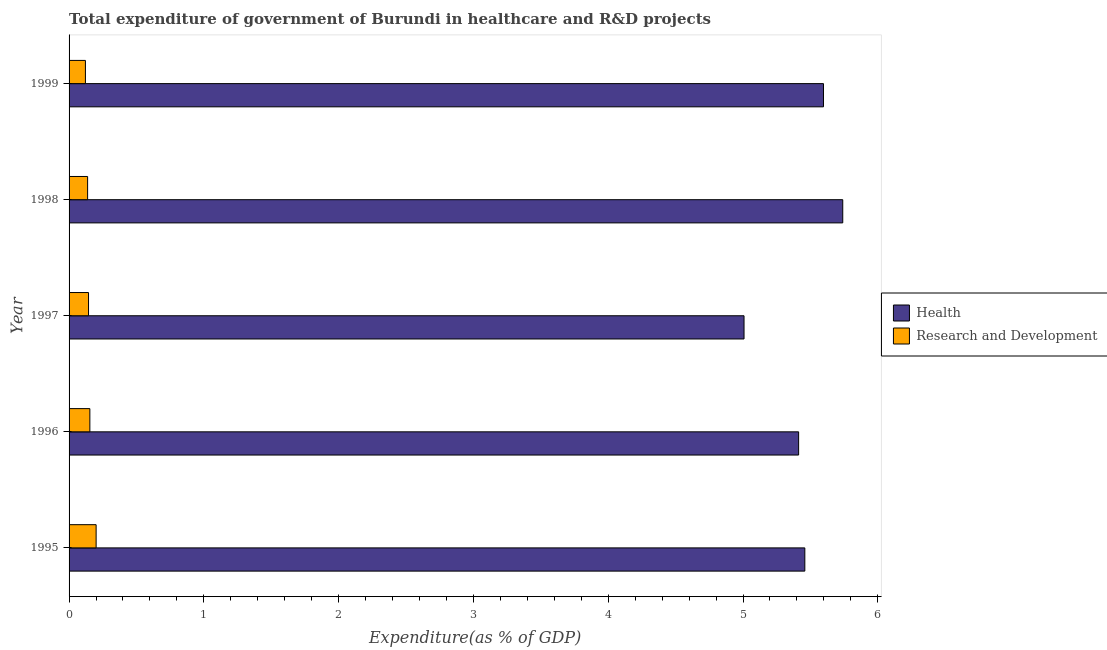
| Year | Health | Research and Development |
 | --- | --- | --- |
 | 1995 | 5.46 | 0.201 |
 | 1996 | 5.41 | 0.154 |
 | 1997 | 5.01 | 0.144 |
 | 1998 | 5.74 | 0.138 |
 | 1999 | 5.6 | 0.121 |